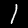
Label: 1